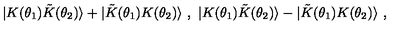
\ | K ( \theta _ { 1 } ) { \tilde { K } } ( \theta _ { 2 } ) \rangle + | { \tilde { K } } ( \theta _ { 1 } ) K ( \theta _ { 2 } ) \rangle \ , \ | K ( \theta _ { 1 } ) { \tilde { K } } ( \theta _ { 2 } ) \rangle - | { \tilde { K } } ( \theta _ { 1 } ) K ( \theta _ { 2 } ) \rangle \ ,